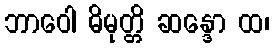
ဘာဝေါ ဓိမုတ္တိ ဆန္ဒော ထ၊